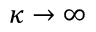
\kappa \rightarrow \infty